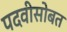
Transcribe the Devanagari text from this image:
पदवीसोबत